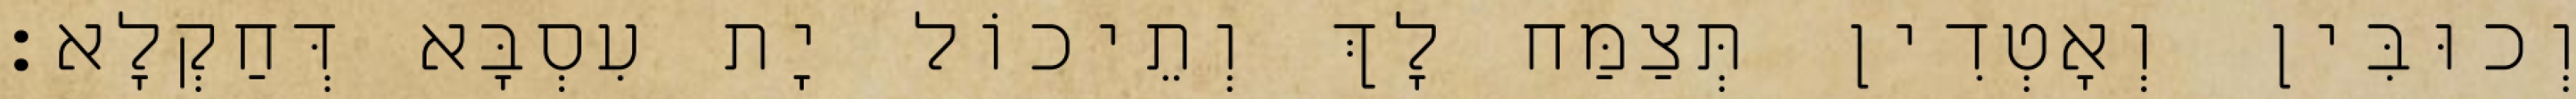
וְכוּבִּין וְאָטְדִין תְּצַמַּח לָךְ וְתֵיכוֹל יָת עִסְבָּא דְּחַקְלָא׃